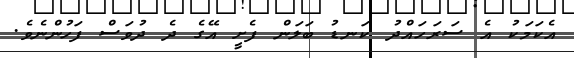
އެކަމަކު އެ ސަރަހައްދު ކަނޑު ބަލަން ފެށީ އޭގެ ދެ ދުވަސް ފަހުންނެވެ.